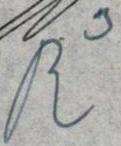
R3